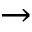
\rightarrow